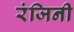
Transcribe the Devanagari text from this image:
रंजिनी